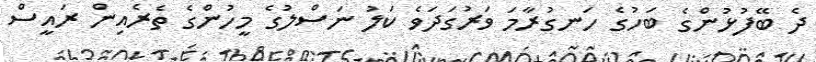
ދެ ބޭފުޅުންގެ ބަހުގެ ހަނގުރާމަ ވަރުގަދަވެ ކަލު ނަސްލުގެ މީހުންގެ ތެރެއިން ރައީސް